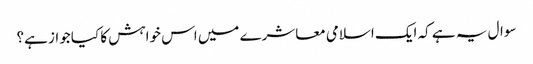
سوال یہ ہے کہ ایک اسلامی معاشرے میں اس خواہش کا کیا جواز ہے؟